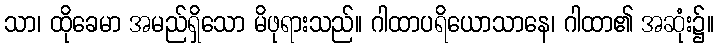
သာ၊ ထိုခေမာ အမည်ရှိသော မိဖုရားသည်။ ဂါထာပရိယောသာနေ၊ ဂါထာ၏ အဆုံး၌။